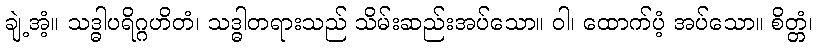
ချဲ့အံ့။ သဒ္ဓါပရိဂ္ဂဟိတံ၊ သဒ္ဓါတရားသည် သိမ်းဆည်းအပ်သော။ ဝါ၊ ထောက်ပံ့ အပ်သော။ စိတ္တံ၊